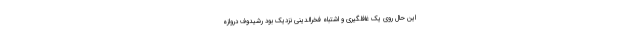
این حال روی یک غافلگیری و اشتباه فخرالدینی نزدیک بود رشیدوف دروازه